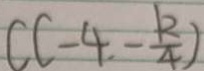
C ( - 4 , \frac { k } { 4 } )